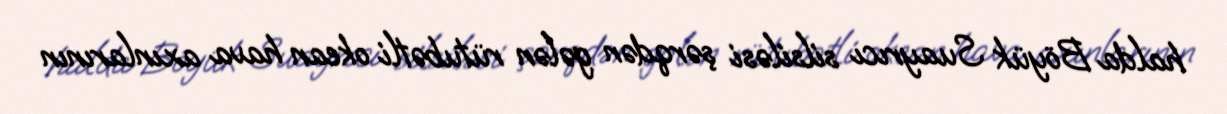
halda Böyük Suayrıcı silsiləsi şərqdən gələn rütubətli okean hava axınlarının